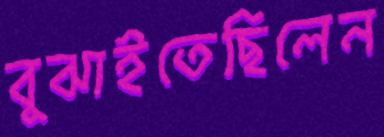
বুঝাইতেছিলেন